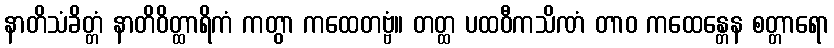
နာတိသံခိတ္တံ နာတိဝိတ္ထာရိကံ ကတွာ ကထေတဗ္ဗံ။ တတ္ထ ပထဝီကသိဏံ တာဝ ကထေန္တေန စတ္တာရော